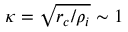
\kappa = \sqrt { r _ { c } / \rho _ { i } } \sim 1